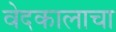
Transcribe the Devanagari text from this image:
वेदकालाचा